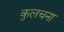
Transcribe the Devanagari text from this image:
कुलचना